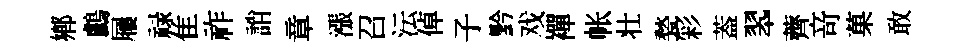
鄕鸕屨禄隹祚誚章漲召沄倬子黔戏襌帐壮甃彩葢翆薺竒菓敢